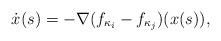
LaTeX: \begin{align*}\dot x(s) =-\nabla (f_{\kappa_{i}}-f_{\kappa_{j}})(x(s)),\end{align*}